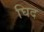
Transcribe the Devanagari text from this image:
घिद